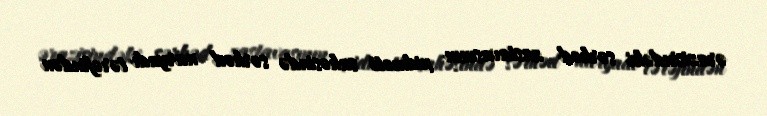
ərazisindəki sərhəd zastavasının xidməti sahəsində sərhəd naryadı tərəfindən